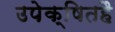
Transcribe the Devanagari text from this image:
उपेक्षितहै